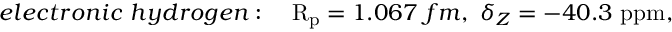
e l e c t r o n i c ~ h y d r o g e n : ~ ~ ~ \mathrm { R _ { p } } = 1 . 0 6 7 ~ f m , ~ \delta _ { Z } = - 4 0 . 3 ~ \mathrm { p p m } ,